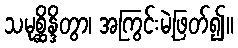
သမုစ္ဆိန္ဒိတွာ၊ အကြွင်းမဲ့ဖြတ်၍။